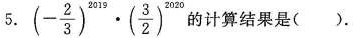
5. (- \frac{2}{3})^{2019} \cdot ( \frac{3}{2})^{2020}的计算结果是( )。